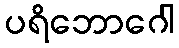
ပရိဘောဂေါ